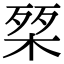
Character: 𭪴